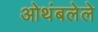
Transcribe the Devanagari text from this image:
ओथंबलेले